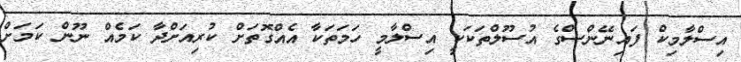
އިސްލާމިކް ފައިނޭންސްގެ އުސޫލްތަކަކީ އިސްލާމީ ހަމަތަކާ އެއްގޮތަށް ކުރިއަށްދާ ކަމެއް ނޫން ކަމަށް